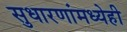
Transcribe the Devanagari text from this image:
सुधारणांमध्येही